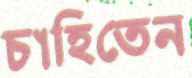
চাহিতেন